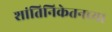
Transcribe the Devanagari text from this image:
शांतिनिकेतनच्या